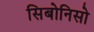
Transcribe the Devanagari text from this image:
सिबोनिसो